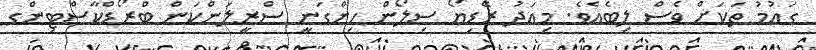
ގައުމު ތަކަށް ވެސް ލިބެއެވެ. މިއަދު ރޭޑިޔޯ ސިލޯން ހިންގަނީ ސްރީލަންކަން ބްރޯޑްކާސްޓިންގ